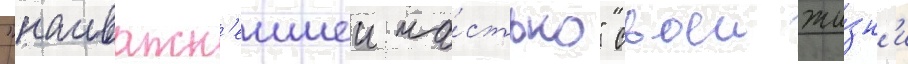
"наиважн'еишеи ча́стью" своеи жи́зн'и